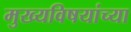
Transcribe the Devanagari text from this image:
मुख्यविषयांच्या